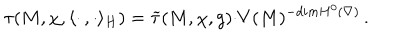
\tau ( M , \chi , \langle \cdot \, , \cdot \rangle _ { H } ) = \widetilde { \tau } ( M , \chi , g ) { \cdot } V ( M ) ^ { - d i m H ^ { 0 } ( \nabla ) } \, .